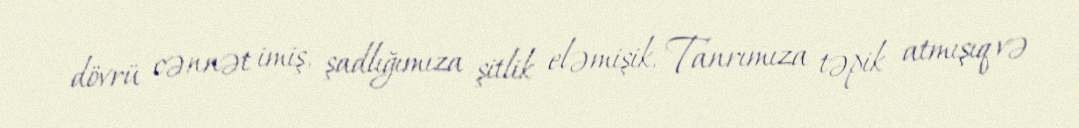
dövrü cənnət imiş, şadlığımıza şitlik eləmişik, Tanrımıza təpik atmışıq və